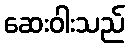
ဆေးဝါးသည်